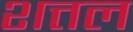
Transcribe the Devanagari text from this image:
शत्तल